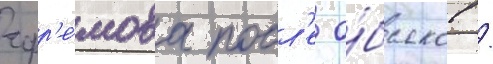
ефр'е́мова посл'е о́бысков /